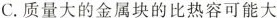
C.质量大的金属块的比热容可能大